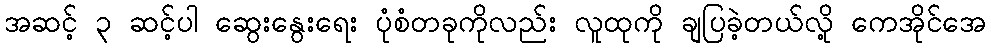
အဆင့် ၃ ဆင့်ပါ ဆွေးနွေးရေး ပုံစံတခုကိုလည်း လူထုကို ချပြခဲ့တယ်လို့ ကေအိုင်အေ